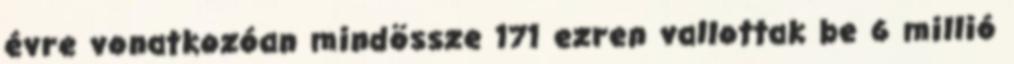
évre vonatkozóan mindössze 171 ezren vallottak be 6 millió